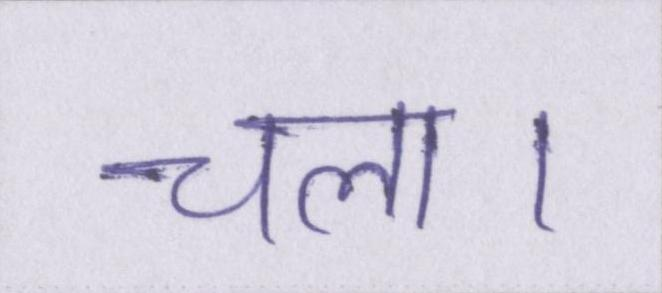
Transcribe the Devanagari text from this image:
चला।